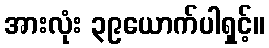
အားလုံး ၃၉ယောက်ပါရှင့်။